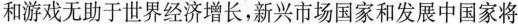
和游戏无助于世界经济增长，新兴市场国家和发展中国家将